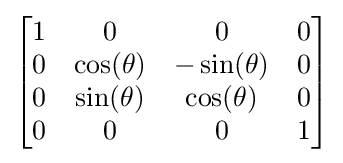
{\begin{bmatrix}1&0&0&0\\0&\cos(\theta )&-\sin(\theta )&0\\0&\sin(\theta )&\cos(\theta )&0\\0&0&0&1\\\end{bmatrix}}